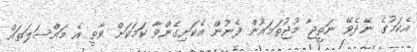
އެކަމުގެ ނޭދެވޭ ނަތީޖާ މުޖުތަމައުން ފެނުން އެކަށިގެންވާ ކަމަކަށް ވާތީ އެ މައްސަލަތައް